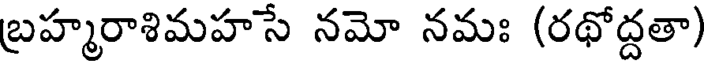
బ్రహ్మరాశిమహసే నమో నమః (రథోద్దతా)